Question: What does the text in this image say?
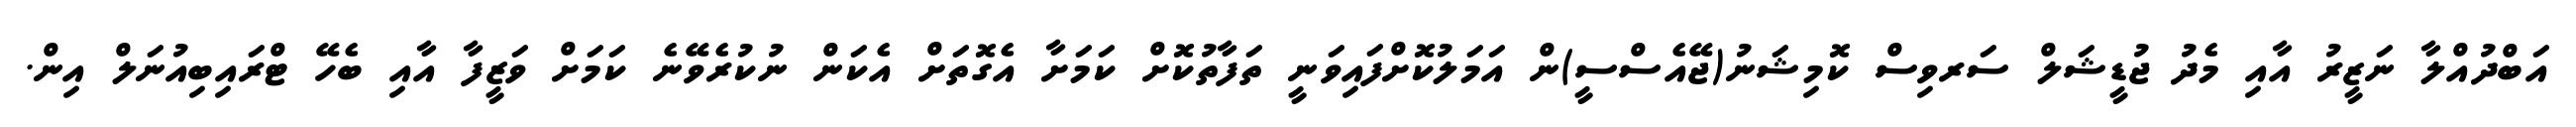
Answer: އަބްދުއްލާ ނަޒީރު އާއި މެދު ޖުޑީޝަލް ސަރވިސް ކޮމިޝަނު(ޖޭއެސްސީ)ން އަމަލުކޮށްފައިވަނީ ތަފާތުކޮށް ކަމަށާ އެގޮތަށް އެކަން ނުކުރެވޭނެ ކަމަށް ވަޒީފާ އާއި ބެހޭ ޓްރައިބިއުނަލް އިން.